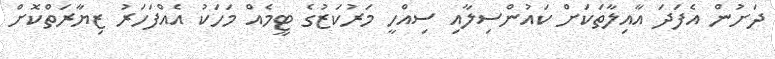
ދަށުން އެފަދަ އާއިލާތަކަށް ކައުންސިލާއި ސިއްހީ މަރުކަޒުގެ ޓީމެއް މަހަކު އެއްފަހަރު ޒިޔާރަތްކޮށް